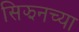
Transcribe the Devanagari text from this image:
सिझनच्या